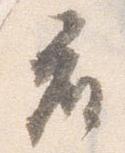
座